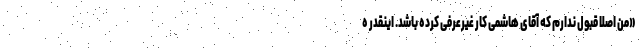
«من اصلا قبول ندارم که آقای هاشمی کار غیرعرفی کرده باشد. اینقدر ه